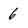
Character: 6